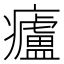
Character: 㿖